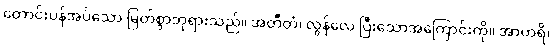
တောင်းပန်အပ်သော မြတ်စွာဘုရားသည်။ အတီတံ၊ လွန်လေ ပြီးသောအကြောင်းကို။ အာဟရိ၊